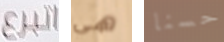
اتبرع هي حسنا